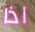
اذا